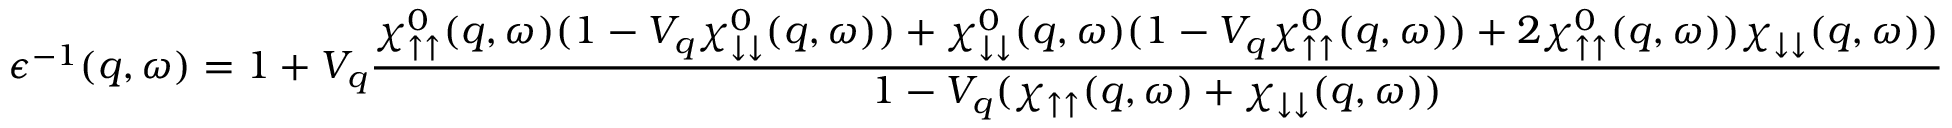
\epsilon ^ { - 1 } ( q , \omega ) = 1 + V _ { q } \frac { \chi _ { \uparrow \uparrow } ^ { 0 } ( q , \omega ) ( 1 - V _ { q } \chi _ { \downarrow \downarrow } ^ { 0 } ( q , \omega ) ) + \chi _ { \downarrow \downarrow } ^ { 0 } ( q , \omega ) ( 1 - V _ { q } \chi _ { \uparrow \uparrow } ^ { 0 } ( q , \omega ) ) + 2 \chi _ { \uparrow \uparrow } ^ { 0 } ( q , \omega ) ) \chi _ { \downarrow \downarrow } ( q , \omega ) ) } { 1 - V _ { q } ( \chi _ { \uparrow \uparrow } ( q , \omega ) + \chi _ { \downarrow \downarrow } ( q , \omega ) ) }